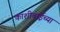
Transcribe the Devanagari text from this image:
काशीबाईच्या